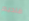
فاديم